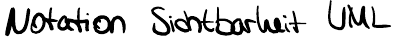
Notation Sichtbarkeit UML